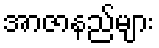
အာဇာနည်များ